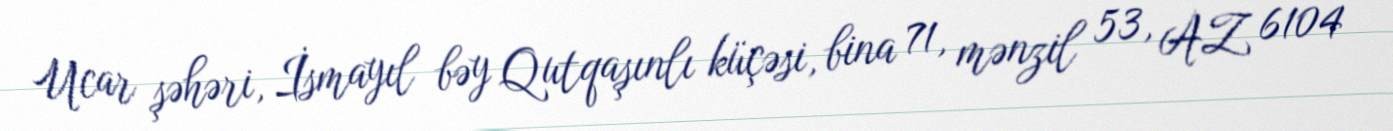
Ucar şəhəri, İsmayıl bəy Qutqaşınlı küçəsi, bina 71, mənzil 53, AZ 6104